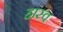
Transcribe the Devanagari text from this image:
ह्रास्व